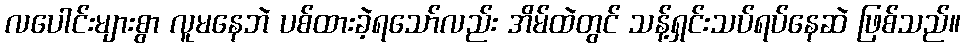
လပေါင်းများစွာ လူမနေဘဲ ပစ်ထားခဲ့ရသော်လည်း အိမ်ထဲတွင် သန့်ရှင်းသပ်ရပ်နေဆဲ ဖြစ်သည်။